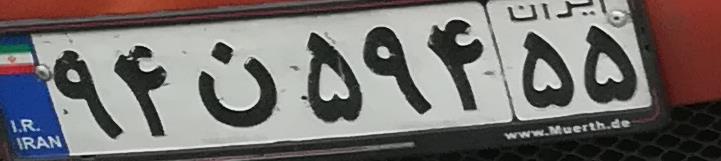
۹۴ن۵۹۴۵۵